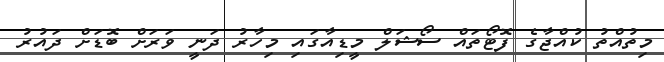
މިތުއްތު ކުއްޖާގެ ފޮޓޯތައް ސޯޝަލް މީޑިއާގައި މިހާރު ދަނީ ވަރަށް ބޮޑަށް ދައުރު